Vaccination in Bombay 1902-1912 - 1902-1912
Year: 1902
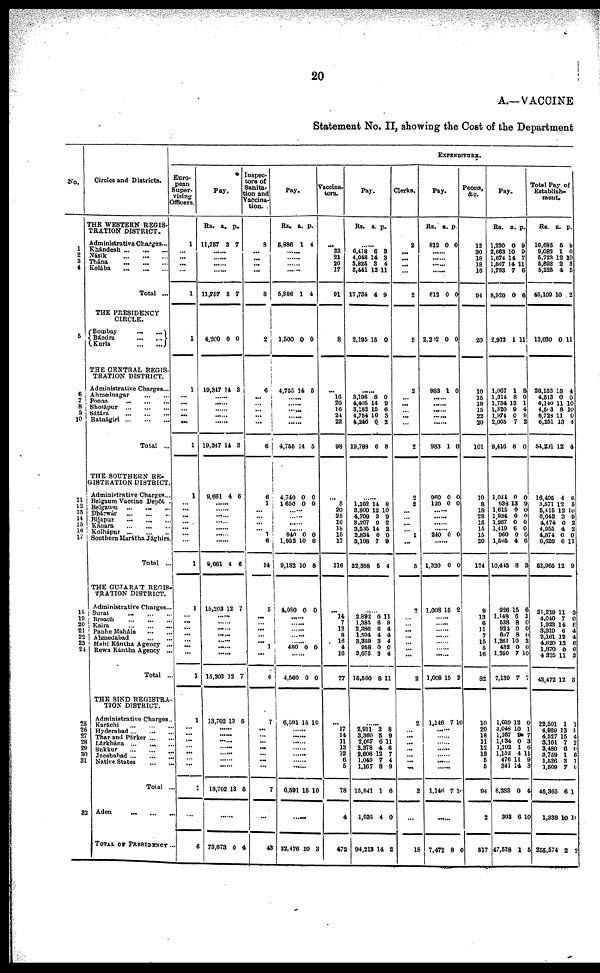
20
A.—VACCINE
Statement No. II, showing the Cost of the Department
No.
1
2
3
4
5
6 7
8
9
10
11
12
13
14
15
16
17
18
19
20
21
22
23
24
25
28
27
28
29
30
31
32
Circles and Districts.
THE WESTERN REGIS-
TRATION DISTRICT.
Administrative Charges...
Khándesh
...
...
...
Násik
...
...
...
Thána
...
...
...
Kolába
...
...
...
Total ...
THE PRESIDENCY
CIRCLE.
Bombay
...
...
Bándra
...
...
Kurla
...
...
THE CENTRAL REGIS-
TRATION DISTRICT.
Administrative Charges...
Ahmednagar ... ...
Poona ... ... ...
Sholápur
...
...
...
Sátára
...
...
...
Ratnágiri
...
...
...
Total ..
THE SOUTHERN RE-
GISTRATION DISTRICT
Administrative Charges.
Belgium Vaccine Depôt.
Belgaum
...
... ...
Dhárwár
...
...
...
Bijápur
...
...
...
Kánara
...
...
...
Kolhápur
...
...
...
Southern Marátha Jághirs
Total ...
THE GUJARÁT REGIS¬
TRATION DISTRICT.
Administrative Charges.
Surat
...
...
...
Broach
...
...
...
Kaira
...
...
...
Panhc Maháls ... ...
Ahmedabad ... ...
Mahi Kántha Agency ...
Rewa Kántha Agency ...
Total ...
THE SIND REGISTRA¬
TION DISTRICT.
Administrative Charges
Karáchi ... ... ...
Hyderabad ... ... ...
Thar and Parker ... ...
Larkhána ... ... ...
Sukkur ... ... ...
Jacobabad ... ... ...
Native States
Total ...
Aden ... ... ...
TOTAL OF PRESIDENCY ...
EXPENDITURE.
Euro-
pean
Super-
vising
Officers.
1
...
... ...
...
1
1
1
...
...
...
...
...
1
1
... ...
...
...
...
...
1
1
...
...
...
...
... ...
...
1
1
...
...
...
...
...
...
...
1
...
Pay.
Rs.
11,767
a.
3
p.
7
......
......
......
......
11,757 3 7
4,200
0
0
19,347 14 3
......
......
......
......
......
19,347 14 3
9,661 4 6
......
......
......
......
......
......
9,661 4 6
15,203 12 7
......
......
......
......
......
......
......
15,203 12 7
13,702 13 5
......
......
......
......
......
......
......
13,702 13 5
......
73,873
0
4
Inspec¬
tors of
Sanita¬
tion and
Vaccina¬
tion.
8
...
...
...
...
8
2
6
...
...
... ...
...
6
6
1
...
...
...
... 1
6
14
5
...
...
...
...
...
1
...
6
7
...
...
...
...
...
...
...
7
...
43
Pay.
Rs.
5,886
a.
1
p.
4
......
......
......
......
5,886 1 4
1,500 0 0
4,755 14 5
......
......
......
......
......
4,755 14 5
4,740
1,650
0
0
0
0
......
......
......
......
840
1,952
9,182
0
10
10
0 8
8
4,080 0 0
......
......
......
......
......
480 0 0
4,560 0 0
6,591 15 10
......
......
......
......
......
......
......
6,591 16 10
......
32,476 1 0 3
Vaccina¬
tors.
...
33
21
20
17
91
8
...
16
20
16
24
22
98
...
5
20
25
16
18
15
17
116
...
14
7
12
8
16
4
16
77
...
17
14
11
13
12
6
5
78
4
472
Pay.
Rs.
a. p.
......
6,418
4,018
3,826
3,441
17,734
6
14
8
12
4
3
3
4
11
9
2,195 15 0
......
3,198
4,405
3,182
4,754
4,246
19,788
8
14
15
10
5
6
0
9
6
3
2
8
......
1,162
3,800
4,709
3,207
3,535
2,834
3,108
22,358
14
12
3
0
14
0
7
5
8
10
9
2
2
0
9
4
......
2,892
1,385
2,386
1,504
3,359
958
3,075
15,560
0
6
6
4
3
0
3
8
11
8
4
4
4
0
4
11
......
2,911
3,360
2,067
2,378
2,606
1,049
1,167
15,541
1,035
94,213
3
5
6
4
12
7
8
1
4
14
8
9
11
6
7
4
9
6
0
2
Clerks.
2
...
...
...
...
2
5
2
...
...
...
...
...
2
2
2
...
...
...
...
1
...
5
2
...
...
...
...
...
...
...
2
2
...
...
...
...
...
...
...
2
...
18
Pay.
Rs.
812
a.
0
p.
0
......
......
......
812 0 0
2,202 0 0
983 1 0
......
......
......
......
......
983 1 0
960
120
0
0
0
0
......
......
......
......
240 0 0
......
1,320 0 0
1,008 16 2
......
......
......
......
......
......
......
1,008 15 2
1,146 7 10
......
......
......
......
......
......
......
1,146 7 10
......
7,472 8
0
Peons,
&c.
12
30
18
18
16
94
20
10
15
19
15
22
20
101
10
8
18
23
15
15
15
20
124
9
13
6
11 7
15
5
16
82
10
20
18
11
12
13
5
5
94
2
517
Pay.
Rs.
1,230
2,663
1,674
1,567
1,783
8,920
a.
0
10
14
14
7
0
p.
9
9
7
11
6
6
2,932 1 11
1,067
1,314
1,734
1,320
l,974
2,005
9,416
1
8
13
9
0
7
8
8
0
1
4
9
2
0
1,044
638
1,615
1,934
1,267
1,419
960
1,565
10,443
926
1,148
538
924
657
1,261
432
1,250
7,139
0
18
0
0
0
6
0
4
8
15
6 8
0
8
10
0
7
7
0
9
0
0
0
0
0
6
3
6
1
0
0
0
2
0
10
7
1,059
2,048
1,167
1,084
1,102
1,152
476
341
8,383
303
47,538
12
10
8
0
1
4
11
14
0
6
1
0
1
7
3
6
11
9
3
4
10
5
Total Pay of
Establish¬
ment.
Rs.
19,686
9,083
5,723
5,893
5,226
45,109
a.
5
1
12
2
4
10
p.
8
0
0
3
5
2
13,030 0 11
26,153
4,513
6,140
4,503
6,728
6,251
54,201
15
0
11
8
11
13
12
4
0
10
10
0
4
4
16,406
3,571
6,415
6,643
4,474
4,955
4,874
6,626
52,965
21.219
4,040
1,923
3,310
2,161
4,620
1,870
4,325
43,472
4
12
12
3
0
4
0
6
12
11
7
14
6
12
13
0
11
12
6
5
10
9
2
2
0
11
9
3
0
8
4
4
6
0
2
3
22,501
4,959
4,527
3,101
3,480
3,759
1,526
1,509
46,365
1,338
255,574
1
13
15
7
6 1
3
7
6
10
2
1
8
4
2
0 6
1
0
1
10
2